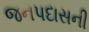
જનપદાસની